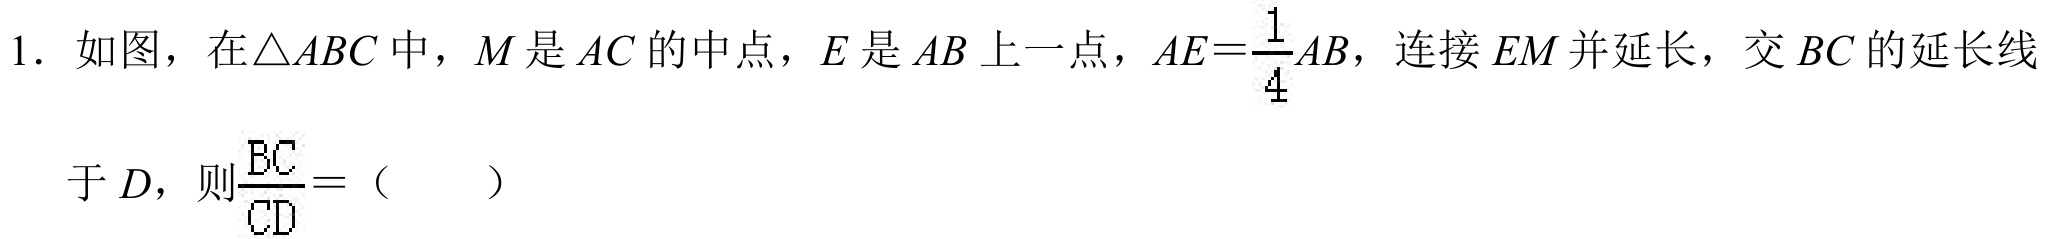
1. 如图，在\(\triangle ABC\)中，\(M\)是\(AC\)的中点，\(E\)是\(AB\)上一点，\(AE = \frac{1}{4}AB\)，连接\(EM\)并延长，交\(BC\)的延长线于\(D\)，则\(\frac{BC}{CD} = (\quad)\)